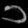
Digit: ၁